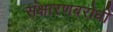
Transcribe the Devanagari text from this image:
संक्षारणबरोधी